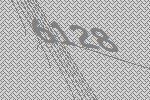
6128